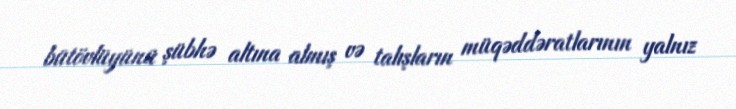
bütövlüyünü şübhə altına almış və talışların müqəddəratlarının yalnız